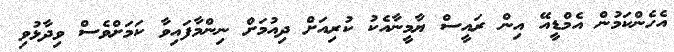
އެހެންކަމުން އެމްޑީއޭ އިން ރައީސް ޔާމީނާއެކު ކުރިއަށް ދިއުމަށް ނިންމާފައިވާ ކަމަށްވެސް ވިދާޅުވި